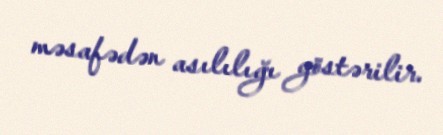
məsafədən asılılığı göstərilir.